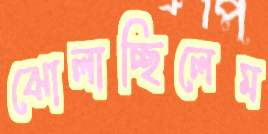
ঝোলাচ্ছিলেম